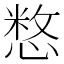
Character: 𢞽